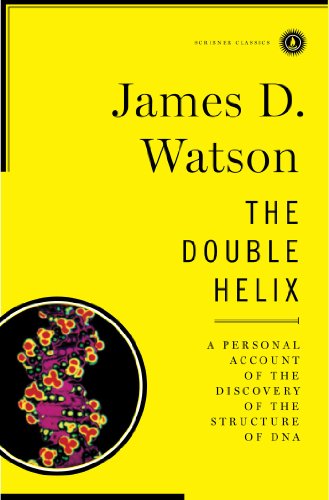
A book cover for Double Helix (Scribner Classics); James D. Watson; Computers & Technology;